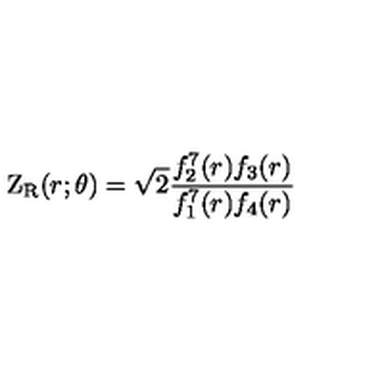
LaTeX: \mathrm { Z } _ { \mathrm { R } } ( r ; \theta ) = \sqrt { 2 } { \frac { f _ { 2 } ^ { 7 } ( r ) f _ { 3 } ( r ) } { f _ { 1 } ^ { 7 } ( r ) f _ { 4 } ( r ) } }